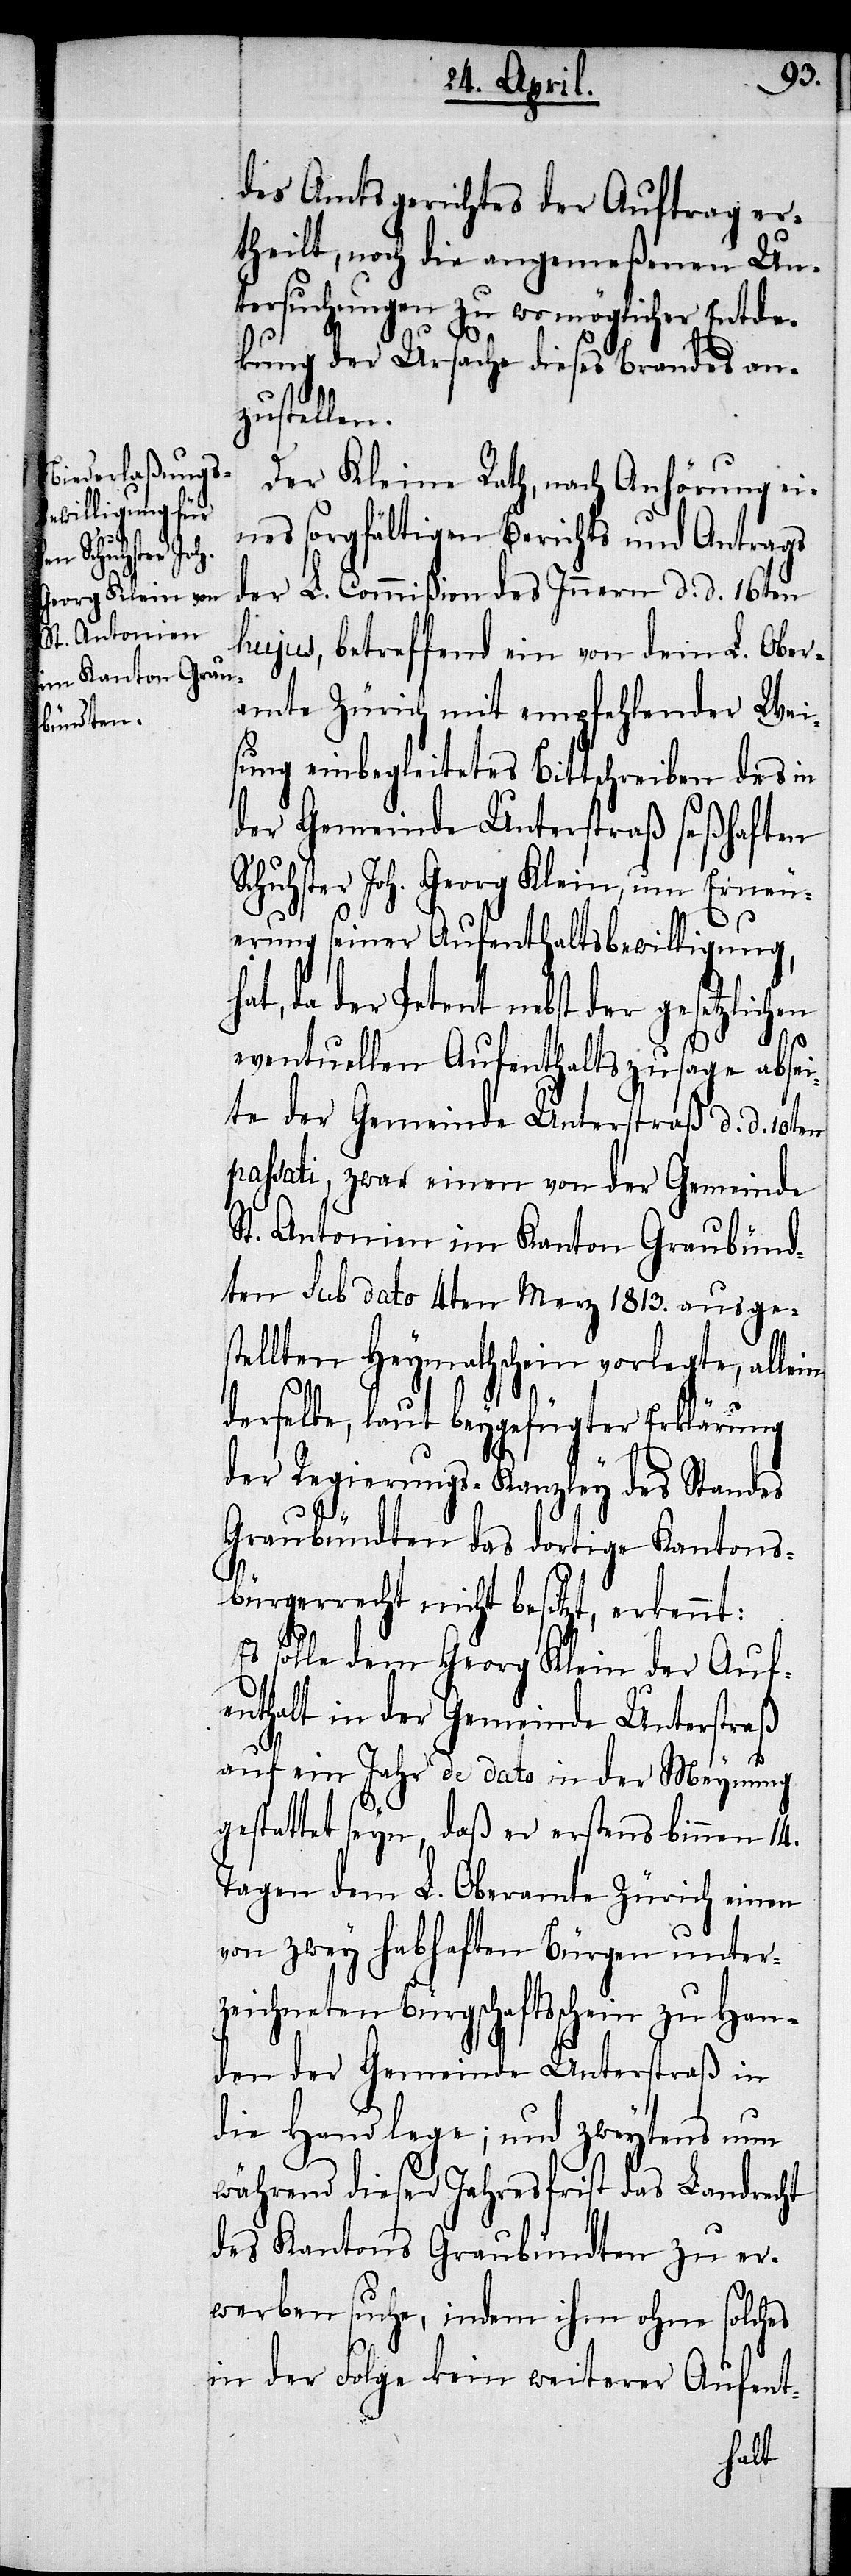
des Amtsgerichtes der Auftrag er¬
theilt, noch die angemeßenen Un¬
tersuchungen zu womöglicher Entde¬
kung der Ursache dieses Brandes an¬
zustellen.
Der Kleine Rath, nach Anhörung ei¬
nes sorgfältigen Berichts und Antrags
der L. Commißion des Innern d. d. 16ten
hujus, betreffend ein von dem L. Ober¬
amte Zürich mit empfehlender Wei¬
sung einbegleitetes Bittschreiben des in
der Gemeinde Unterstraß seßhaften
chuhster Joh. Georg Klein, um Erneu¬
erung seiner Aufenthaltsbewilligung,
hat, da der Petent nebst der gesetzlichen
S¬
eventuellen Aufenthaltszusage absei¬
te der Gemeinde Unterstraß d. d. 10ten
passati, zwar einen von der Gemeinde
St. Antonien im Kanton Graubünd¬
ten sub dato 4ten Merz 1813. ausges¬
tellten Heymathschein vorlegte, allein
derselbe, laut beygefügter Erklärung
der Regierungs-Kanzley des Standes
Graubündten das dortige Kantons¬
bürgerrecht nicht besitzt, erkennt:
Es solle dem Georg Klein der Auf¬
enthalt in der Gemeinde Unterstraß
auf ein Jahr de dato in der Meinung
gestattet seyn, daß er erstens binnen 14.
Tagen dem L. Oberamte Zürich einen
von zwey habhaften Bürgen unter¬
zeichneten Bürgschaftsschein zu Han¬
den der Gemeinde Unterstraß in
die Hand lege; und zweytens nun
während dieser Jahresfrist das Landrecht
des Kantons Graubündten zu er¬
werben suche, indem ihm ohne solches
in der Folge kein weiterer Aufent-